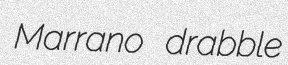
Marrano drabble